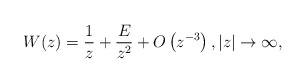
\begin{align*}W(z)= \frac{1}{z}+\frac{E}{z^2}+O\left(z^{-3}\right),\vert z\vert\to\infty,\end{align*}